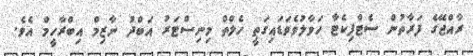
ރާއްޖޭގެ ފަރާތުން ސެޓްފިކެޓާ ހަވާލުވެވަޑައިގަތީ ހެލްތް މިނިސްޓަރު އަބްދު ނާޒިމް އިބްރާހީމް އެވެ.